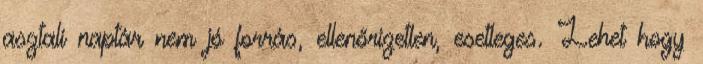
asztali naptár nem jó forrás, ellenőrizetlen, esetleges. Lehet hogy